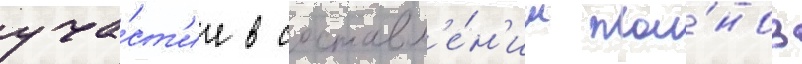
уча́ст'ие в составл'е́н'ии пла́нов